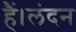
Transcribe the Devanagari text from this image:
हैं।लंदन